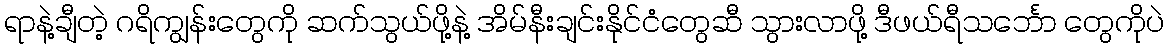
ရာနဲ့ချီတဲ့ ဂရိကျွန်းတွေကို ဆက်သွယ်ဖို့နဲ့ အိမ်နီးချင်းနိုင်ငံတွေဆီ သွားလာဖို့ ဒီဖယ်ရီသင်္ဘော တွေကိုပဲ